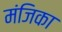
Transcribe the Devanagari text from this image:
मंजिका